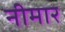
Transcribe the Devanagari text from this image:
नीमार